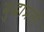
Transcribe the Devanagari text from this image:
बुद्धांप्रती